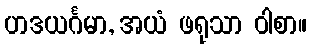
ဟဒယင်္ဂမာ, အယံ ဖရုသာ ဝါစာ။